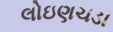
લોઇણચડા